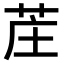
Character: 𫇺